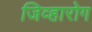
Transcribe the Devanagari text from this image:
जिव्हारोग